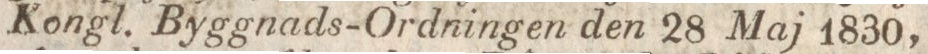
Kongl. Byggnads-Ordningen den 28 Maj 1830,